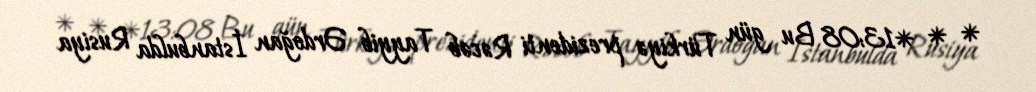
* * *13:08 Bu gün Türkiyə prezidenti Rəcəb Tayyib Ərdoğan İstanbulda Rusiya